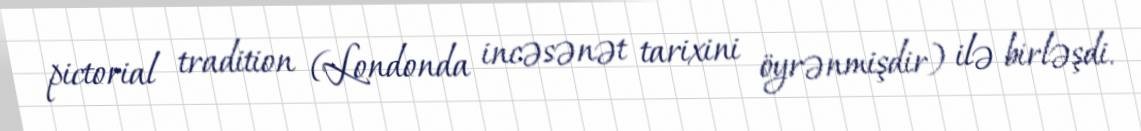
pictorial tradition (Londonda incəsənət tarixini öyrənmişdir) ilə birləşdi.